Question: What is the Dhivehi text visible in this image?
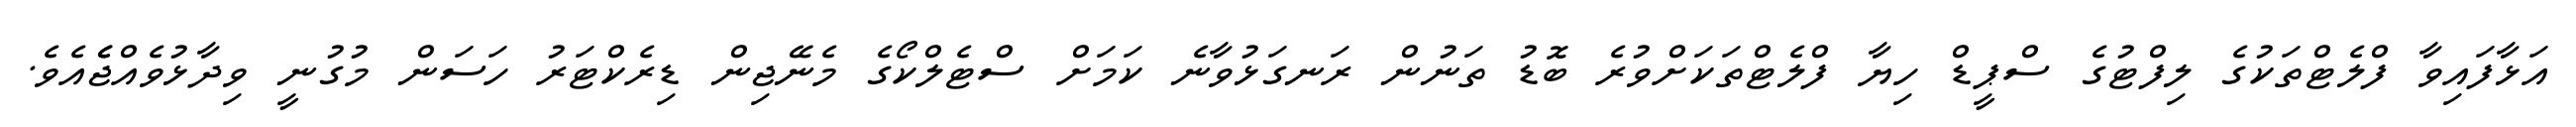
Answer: އަޅާފައިވާ ފްލެޓްތަކުގެ ލިފްޓުގެ ސްޕީޑް ހިޔާ ފްލެޓްތަކަށްވުރެ ބޮޑު ތަނުން ރަނގަޅުވާނެ ކަމަށް ސްޓެލްކޯގެ މެނޭޖިން ޑިރެކްޓަރު ހަސަން މުގުނީ ވިދާޅުވެއްޖެެއެވެ.